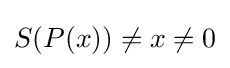
S(P(x))\neq x\neq 0